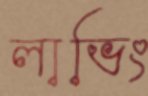
লাভিং